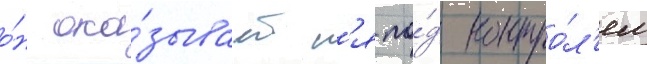
о́н ока́зываетс'я по́д контро́л'ем